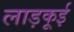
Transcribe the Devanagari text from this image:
लाड़कूई